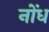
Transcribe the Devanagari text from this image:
नोंध